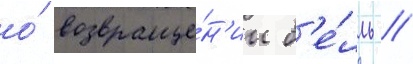
о́ возвраще́н'ии б'е́лль //